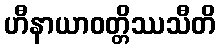
ဟီနာယာဝတ္တိဿသီတိ